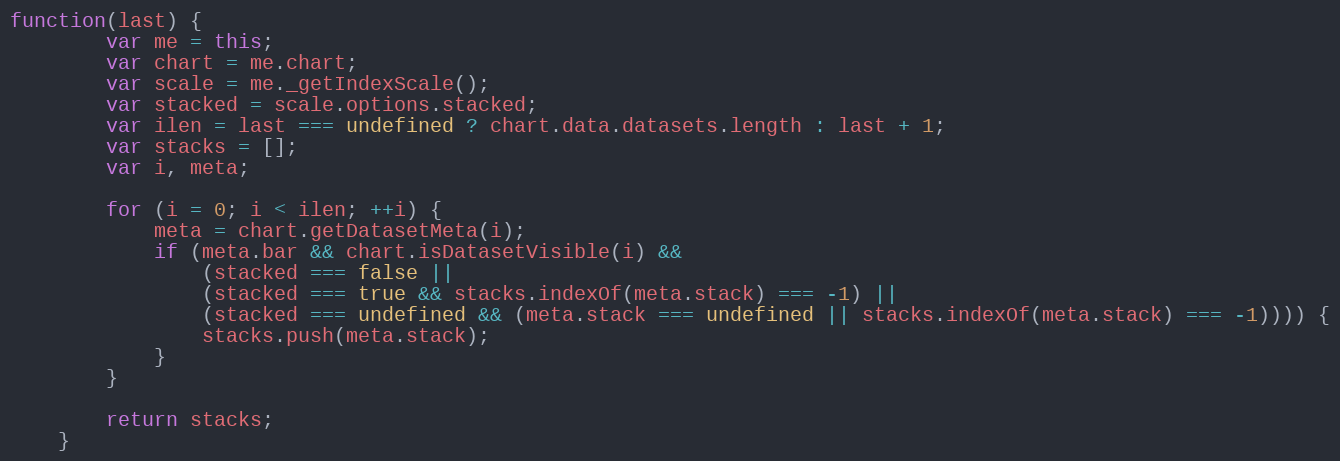
Language: JavaScript
function(last) {
		var me = this;
		var chart = me.chart;
		var scale = me._getIndexScale();
		var stacked = scale.options.stacked;
		var ilen = last === undefined ? chart.data.datasets.length : last + 1;
		var stacks = [];
		var i, meta;

		for (i = 0; i < ilen; ++i) {
			meta = chart.getDatasetMeta(i);
			if (meta.bar && chart.isDatasetVisible(i) &&
				(stacked === false ||
				(stacked === true && stacks.indexOf(meta.stack) === -1) ||
				(stacked === undefined && (meta.stack === undefined || stacks.indexOf(meta.stack) === -1)))) {
				stacks.push(meta.stack);
			}
		}

		return stacks;
	}